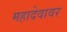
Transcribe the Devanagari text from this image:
महादेवावर